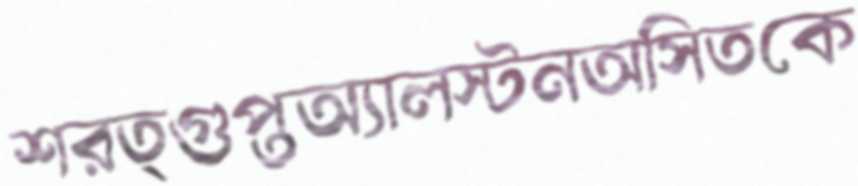
শরত্গুপ্তঅ্যালস্টনঅসিতকে